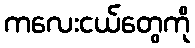
ကလေးငယ်တွေကို